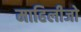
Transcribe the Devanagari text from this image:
माहिलीजो